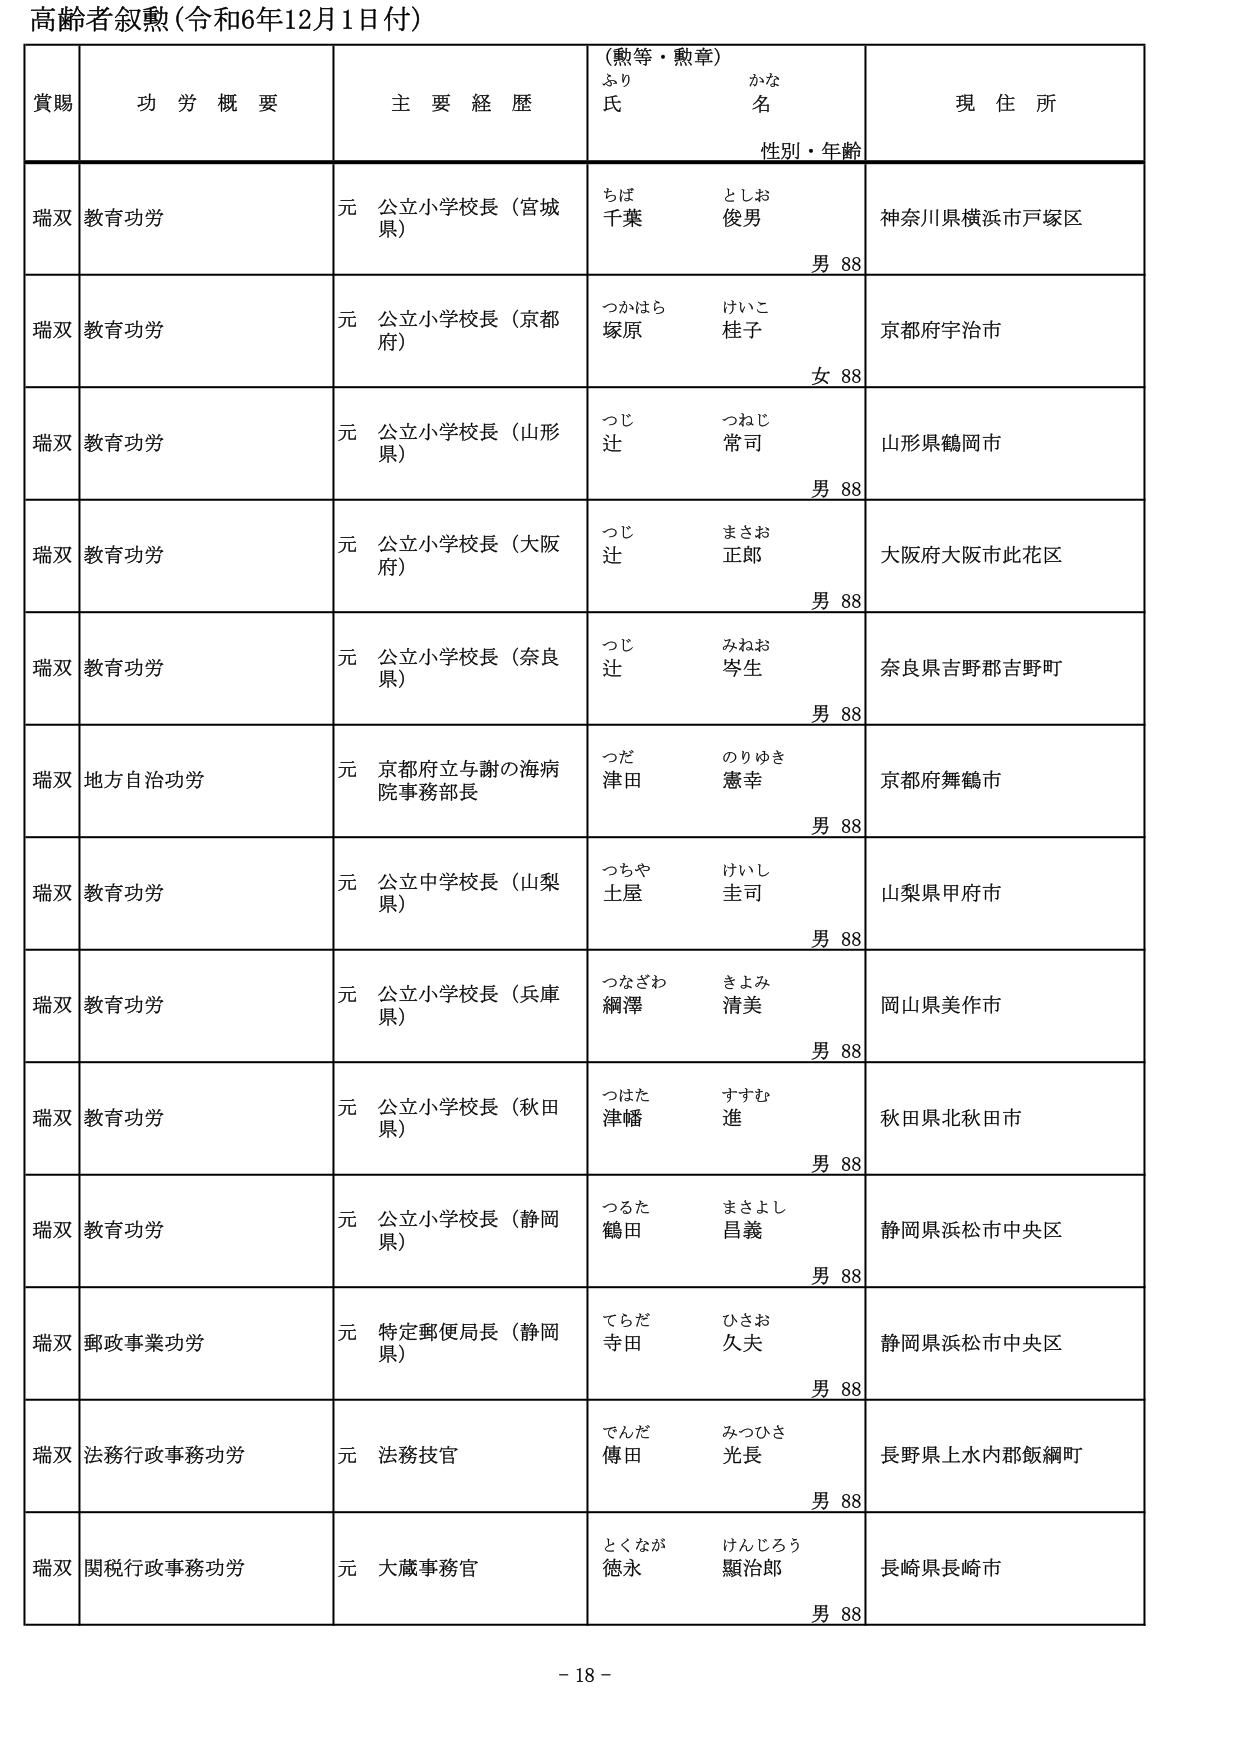
高齢者叙勲（令和6年12月1日付）

賞賜　　功労概要　　主要経歴　　（勲等・勲章）　　現住所
　　　　　　　　　　　　　　ふり　　かな
　　　　　　　　　　　　　　氏　　名
　　　　　　　　　　　　　　性別・年齢

瑞双　教育功労　　元 公立小学校長（宮城県）　　ちば　　としお　　神奈川県横浜市戸塚区
　　　　　　　　　　　　　　　　　　　　　　千葉　　俊男　　　　男 88

瑞双　教育功労　　元 公立小学校長（京都府）　　つかはら　けいこ　　京都府宇治市
　　　　　　　　　　　　　　　　　　　　　　塚原　　桂子　　　　女 88

瑞双　教育功労　　元 公立小学校長（山形県）　　つじ　　つねじ　　山形県鶴岡市
　　　　　　　　　　　　　　　　　　　　　　辻　　常司　　　　男 88

瑞双　教育功労　　元 公立小学校長（大阪府）　　つじ　　まさお　　大阪府大阪市此花区
　　　　　　　　　　　　　　　　　　　　　　辻　　正郎　　　　男 88

瑞双　教育功労　　元 公立小学校長（奈良県）　　つじ　　みねお　　奈良県吉野郡吉野町
　　　　　　　　　　　　　　　　　　　　　　辻　　岑生　　　　男 88

瑞双　地方自治功労　元 京都府立与謝の海病院事務部長　　つだ　　のりゆき　　京都府舞鶴市
　　　　　　　　　　　　　　　　　　　　　　　　津田　　憲幸　　　　男 88

瑞双　教育功労　　元 公立中学校長（山梨県）　　つちや　けいし　　山梨県甲府市
　　　　　　　　　　　　　　　　　　　　　　土屋　　圭司　　　　男 88

瑞双　教育功労　　元 公立小学校長（兵庫県）　　つなざわ　きよみ　　岡山県美作市
　　　　　　　　　　　　　　　　　　　　　　綱澤　　清美　　　　男 88

瑞双　教育功労　　元 公立小学校長（秋田県）　　つはた　すすむ　　秋田県北秋田市
　　　　　　　　　　　　　　　　　　　　　　津幡　　進　　　　男 88

瑞双　教育功労　　元 公立小学校長（静岡県）　　つるた　まさよし　　静岡県浜松市中央区
　　　　　　　　　　　　　　　　　　　　　　鶴田　　昌義　　　　男 88

瑞双　郵政事業功労　元 特定郵便局長（静岡県）　　てらだ　ひさお　　静岡県浜松市中央区
　　　　　　　　　　　　　　　　　　　　　　寺田　　久夫　　　　男 88

瑞双　法務行政事務功労　元 法務技官　　でんだ　みつひさ　　長野県上水内郡飯綱町
　　　　　　　　　　　　　　　　　　　　傳田　　光長　　　　男 88

瑞双　関税行政事務功労　元 大蔵事務官　　とくなが　けんじろう　　長崎県長崎市
　　　　　　　　　　　　　　　　　　　　徳永　　顯治郎　　　　男 88

- 18 -